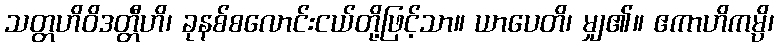
သတ္တဟိဝိဒတ္တီဟိ၊ ခုနစ်စလောင်းငယ်တို့ဖြင့်သာ။ ယာပေတိ၊ မျှ၏။ ဧကာဟိကမ္ပိ၊